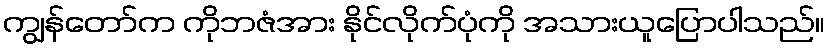
ကျွန်တော်က ကိုဘဇံအား နိုင်လိုက်ပုံကို အသားယူပြောပါသည်။